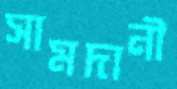
সামদানী